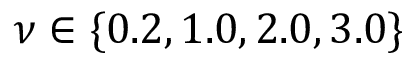
\nu \in \{ 0 . 2 , 1 . 0 , 2 . 0 , 3 . 0 \}